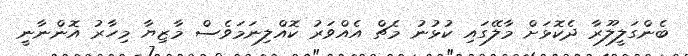
ބެންގަލީލޫރާ ދެކޮޅަށް މާލޭގައި ކުޅުނު މެޗް އެއްވަރު ކޮއްލިނަމަވެސް މާޒިޔާ މިހާރު އޮންނާނީ